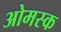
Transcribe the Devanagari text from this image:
ओमस्क